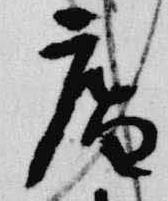
庵